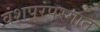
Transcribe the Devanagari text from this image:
वंशपरंपरगात